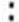
: